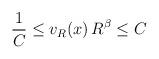
LaTeX: \begin{align*}\frac{1}{C} \leq v_R(x)\, R^\beta \leq C \end{align*}